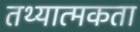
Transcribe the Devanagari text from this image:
तथ्यात्मकता